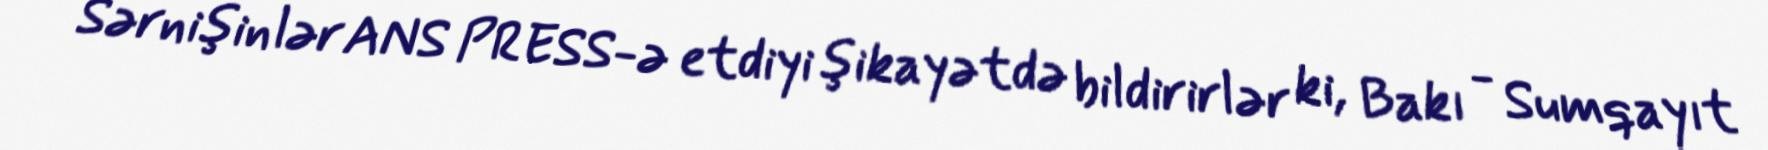
Sərnişinlər ANS PRESS-ə etdiyi şikayətdə bildirirlər ki, Bakı - Sumqayıt